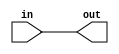
// This program was cloned from: https://github.com/lnis-uofu/SOFA
// License: MIT License

//Generated from netlist by SpyDrNet
//netlist name: FPGA88_SOFA_A
module direct_interc
(
    in,
    out
);

    input in;
    output out;

    wire in;
    wire out;

assign out = in;
endmodule